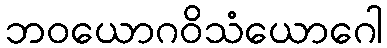
ဘဝယောဂဝိသံယောဂေါ